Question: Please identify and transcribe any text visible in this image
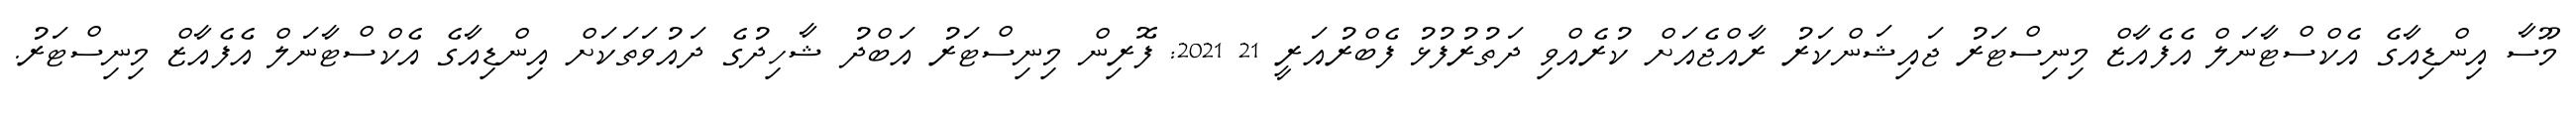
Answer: މޫސާ އިންޑިއާގެ އެކްސްޓާނަލް އެފެއާޒް މިނިސްޓަރު ޖައިޝަންކަރު ރާއްޖެއަށް ކުރެއްވި ދަތުރުފުޅު ފެބްރުއަރީ 21 2021: ފޮރިން މިނިސްޓަރު އަބްދު ޝާހިދުގެ ދައުވަތަކަށް އިންޑިއާގެ އެކްސްޓާނަލް އެފެއާޒް މިނިސްޓަރު.